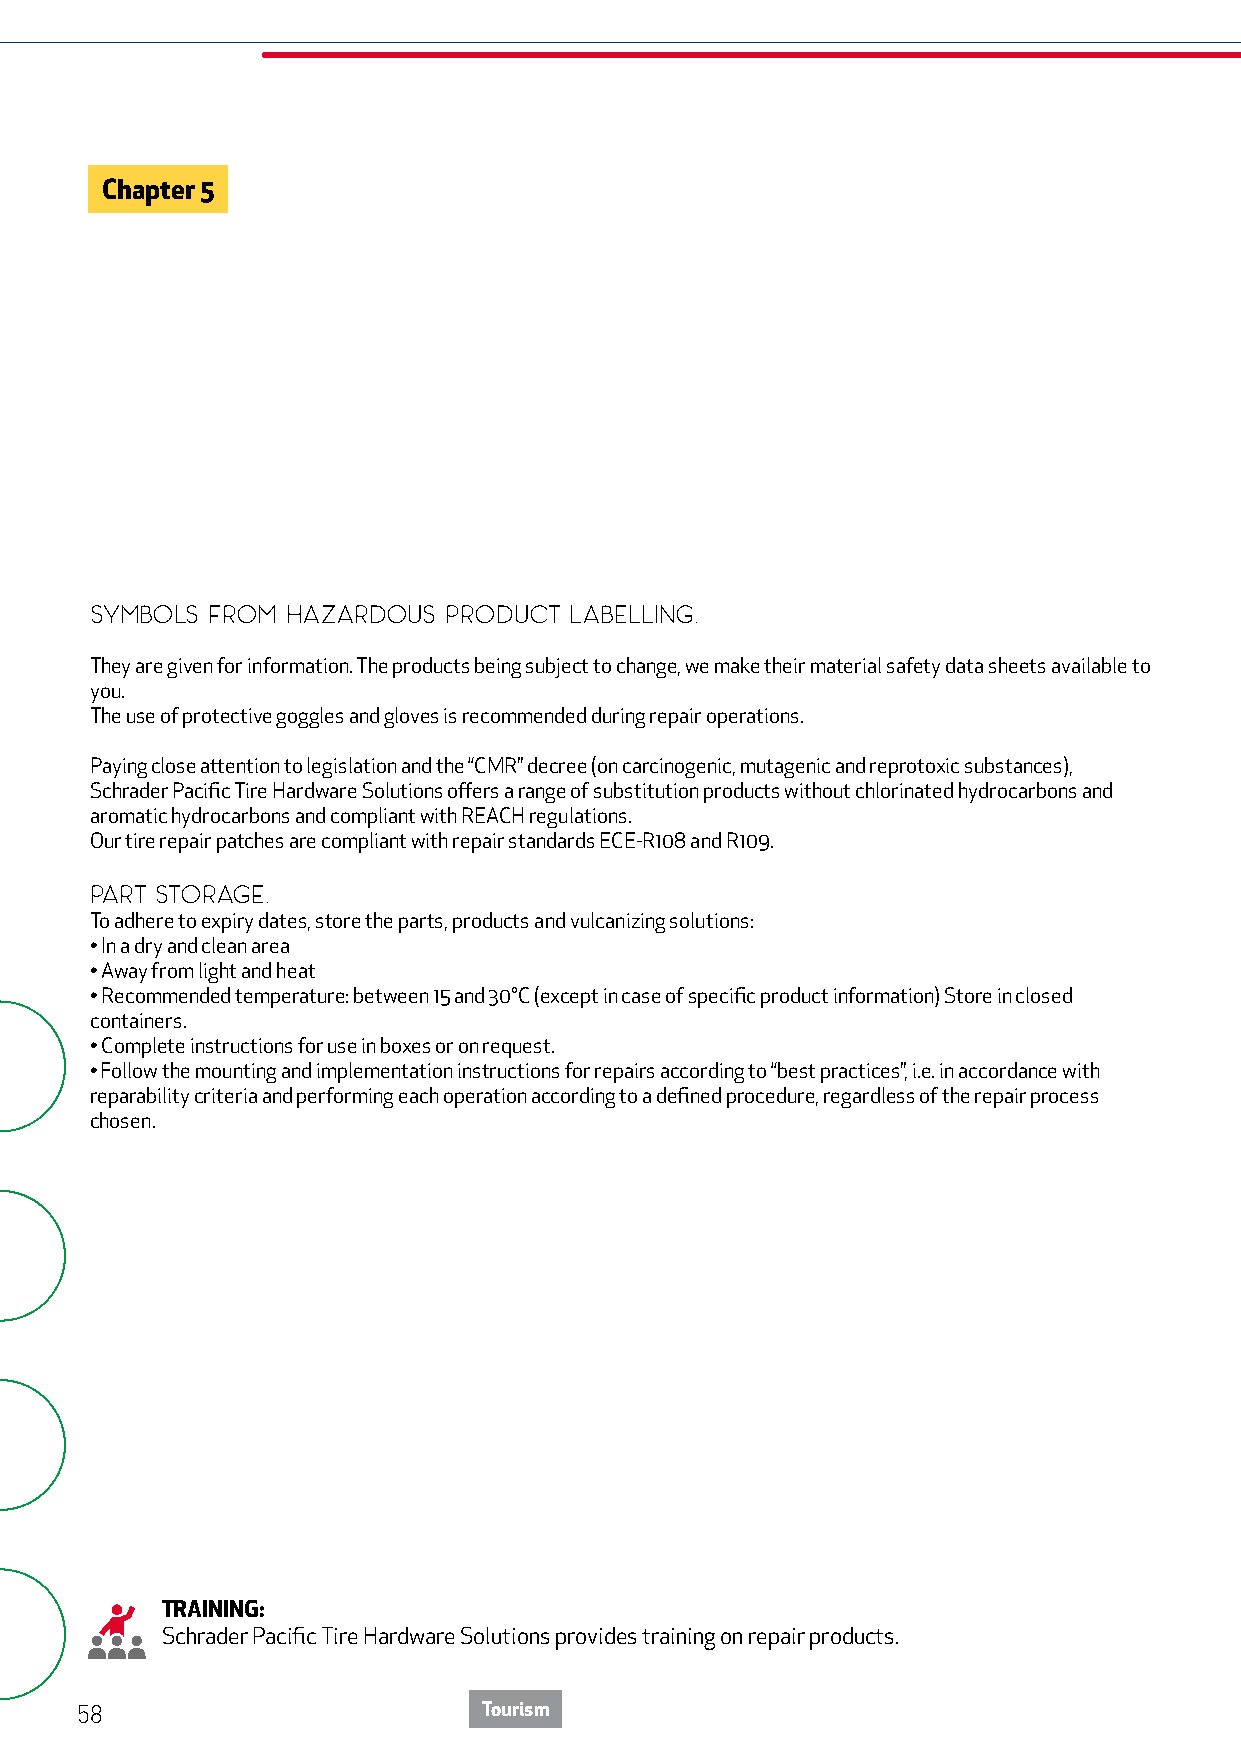
Chapter 5
 Symbols from hazardous product  labelling.
 They are given for information. The products being subject to change, we make their material safety data sheets available to
 you.
 The use of protective goggles and gloves is recommended during repair operations.
 Paying close attention to legislation and the “CMR” decree (on carcinogenic, mutagenic and reprotoxic substances),
 Schrader Pacific Tire Hardware Solutions offers a range of substitution products without chlorinated hydrocarbons and
 aromatic hydrocarbons and compliant with REACH regulations.
 Our tire repair patches are compliant with repair standards ECE-R108 and R109.
 PART STORAGE.
 To adhere to expiry dates, store the parts, products and vulcanizing solutions:
 • In a dry and clean area
 • Away from light and heat
 • Recommended temperature: between 15 and 30°C (except in case of specific product information) Store in closed
 containers.
 • Complete instructions for use in boxes or on request.
 • Follow the mounting and implementation instructions for repairs according to “best practices”, i.e. in accordance with
 reparability criteria and performing each operation according to a defined procedure, regardless of the repair process
 chosen.
 TRAINING:
 Schrader Pacific Tire Hardware Solutions provides training on repair products.
 58                         Tourism